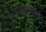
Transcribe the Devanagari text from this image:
जुन्नरजवळ